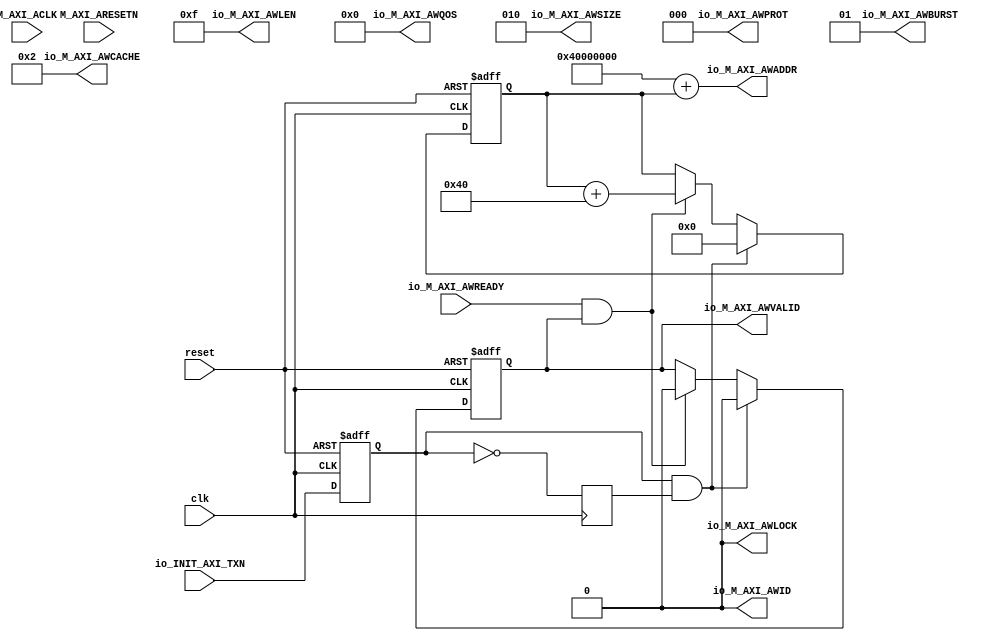
// Generator : SpinalHDL v1.8.1    git head : 2a7592004363e5b40ec43e1f122ed8641cd8965b
// Component : MyAxi_Master
// Git hash  : 001457f364b32e3a6ebb98728ad5983e8c6fe8dd

`timescale 1ns/1ps

module MyAxi_Master (
  input               M_AXI_ACLK,
  input               M_AXI_ARESETN,
  input               io_INIT_AXI_TXN,
  output     [0:0]    io_M_AXI_AWID,
  output     [31:0]   io_M_AXI_AWADDR,
  output     [7:0]    io_M_AXI_AWLEN,
  output     [2:0]    io_M_AXI_AWSIZE,
  output     [1:0]    io_M_AXI_AWBURST,
  output              io_M_AXI_AWLOCK,
  output     [3:0]    io_M_AXI_AWCACHE,
  output     [2:0]    io_M_AXI_AWPROT,
  output     [3:0]    io_M_AXI_AWQOS,
  output              io_M_AXI_AWVALID,
  input               io_M_AXI_AWREADY,
  input               clk,
  input               reset
);
  localparam M_AXI_STATUS_IDLE = 4'd1;
  localparam M_AXI_STATUS_INIT_WRITE = 4'd2;
  localparam M_AXI_STATUS_INIT_READ = 4'd4;
  localparam M_AXI_STATUS_INIT_COMPARE = 4'd8;

  wire       [31:0]   _zz_axi_awaddr;
  wire       [31:0]   C_M_TARGET_SLAVE_BASE_ADDR;
  reg                 init_txn_ff;
  wire                init_txn_ff2;
  reg                 _zz_init_txn_pulse;
  wire                init_txn_pulse;
  reg        [3:0]    Fsm_currentState;
  reg        [3:0]    Fsm_nextState;
  wire                Fsm_writes_done;
  wire                Fsm_reads_done;
  reg        [31:0]   axi_awaddr;
  wire       [6:0]    burst_size_bytes;
  reg                 axi_awvalid;
  wire                when_MyAxi_l92;
  wire                start_single_burst_write;
  wire                when_MyAxi_l104;
  wire                when_MyAxi_l106;
  `ifndef SYNTHESIS
  reg [95:0] Fsm_currentState_string;
  reg [95:0] Fsm_nextState_string;
  `endif


  assign _zz_axi_awaddr = {25'd0, burst_size_bytes};
  `ifndef SYNTHESIS
  always @(*) begin
    case(Fsm_currentState)
      M_AXI_STATUS_IDLE : Fsm_currentState_string = "IDLE        ";
      M_AXI_STATUS_INIT_WRITE : Fsm_currentState_string = "INIT_WRITE  ";
      M_AXI_STATUS_INIT_READ : Fsm_currentState_string = "INIT_READ   ";
      M_AXI_STATUS_INIT_COMPARE : Fsm_currentState_string = "INIT_COMPARE";
      default : Fsm_currentState_string = "????????????";
    endcase
  end
  always @(*) begin
    case(Fsm_nextState)
      M_AXI_STATUS_IDLE : Fsm_nextState_string = "IDLE        ";
      M_AXI_STATUS_INIT_WRITE : Fsm_nextState_string = "INIT_WRITE  ";
      M_AXI_STATUS_INIT_READ : Fsm_nextState_string = "INIT_READ   ";
      M_AXI_STATUS_INIT_COMPARE : Fsm_nextState_string = "INIT_COMPARE";
      default : Fsm_nextState_string = "????????????";
    endcase
  end
  `endif

  assign C_M_TARGET_SLAVE_BASE_ADDR = 32'h40000000;
  assign init_txn_ff2 = 1'b0;
  assign init_txn_pulse = (init_txn_ff && _zz_init_txn_pulse);
  always @(*) begin
    (* parallel_case *)
    case(1) // synthesis parallel_case
      (((Fsm_currentState) & M_AXI_STATUS_IDLE) == M_AXI_STATUS_IDLE) : begin
        if(init_txn_pulse) begin
          Fsm_nextState = M_AXI_STATUS_INIT_WRITE;
        end else begin
          Fsm_nextState = M_AXI_STATUS_INIT_READ;
        end
      end
      (((Fsm_currentState) & M_AXI_STATUS_INIT_WRITE) == M_AXI_STATUS_INIT_WRITE) : begin
        if(Fsm_writes_done) begin
          Fsm_nextState = M_AXI_STATUS_INIT_READ;
        end else begin
          Fsm_nextState = M_AXI_STATUS_INIT_WRITE;
        end
      end
      (((Fsm_currentState) & M_AXI_STATUS_INIT_READ) == M_AXI_STATUS_INIT_READ) : begin
        if(Fsm_reads_done) begin
          Fsm_nextState = M_AXI_STATUS_INIT_COMPARE;
        end else begin
          Fsm_nextState = M_AXI_STATUS_INIT_READ;
        end
      end
      default : begin
        Fsm_nextState = M_AXI_STATUS_IDLE;
      end
    endcase
  end

  assign Fsm_reads_done = 1'b0;
  assign Fsm_writes_done = 1'b0;
  assign io_M_AXI_AWID = 1'b0;
  assign burst_size_bytes = 7'h40;
  assign when_MyAxi_l92 = (io_M_AXI_AWREADY && axi_awvalid);
  assign start_single_burst_write = 1'b0;
  assign when_MyAxi_l104 = ((! axi_awvalid) && start_single_burst_write);
  assign when_MyAxi_l106 = (axi_awvalid && io_M_AXI_AWREADY);
  assign io_M_AXI_AWADDR = (C_M_TARGET_SLAVE_BASE_ADDR + axi_awaddr);
  assign io_M_AXI_AWLEN = 8'h0f;
  assign io_M_AXI_AWSIZE = 3'b010;
  assign io_M_AXI_AWBURST = 2'b01;
  assign io_M_AXI_AWLOCK = 1'b0;
  assign io_M_AXI_AWCACHE = 4'b0010;
  assign io_M_AXI_AWPROT = 3'b000;
  assign io_M_AXI_AWQOS = 4'b0000;
  assign io_M_AXI_AWVALID = axi_awvalid;
  always @(posedge clk or posedge reset) begin
    if(reset) begin
      init_txn_ff <= 1'b0;
      Fsm_currentState <= M_AXI_STATUS_IDLE;
      axi_awaddr <= 32'h0;
      axi_awvalid <= 1'b0;
    end else begin
      init_txn_ff <= io_INIT_AXI_TXN;
      Fsm_currentState <= Fsm_nextState;
      if(init_txn_pulse) begin
        axi_awaddr <= 32'h0;
      end else begin
        if(when_MyAxi_l92) begin
          axi_awaddr <= (axi_awaddr + _zz_axi_awaddr);
        end else begin
          axi_awaddr <= axi_awaddr;
        end
      end
      if(init_txn_pulse) begin
        axi_awvalid <= 1'b0;
      end else begin
        if(when_MyAxi_l104) begin
          axi_awvalid <= 1'b1;
        end else begin
          if(when_MyAxi_l106) begin
            axi_awvalid <= 1'b0;
          end else begin
            axi_awvalid <= axi_awvalid;
          end
        end
      end
    end
  end

  always @(posedge clk) begin
    _zz_init_txn_pulse <= (! init_txn_ff);
  end


endmodule